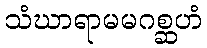
သံဃာရာမမဂစ္ဆဟံ